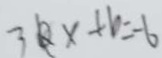
3 0 x + b = - 6